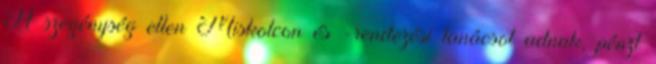
A szegénység ellen Miskolcon és -rendezési tanácsot adnak, pénzt